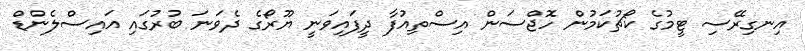
އިނގިރޭސި ޓީމުގެ ކޯޗުކަމުން ހޮޖްސަން އިސްތިއުފާ ދީފައިވަނީ ޔޫރޯގެ ދެވަނަ ބުރުގައި އައިސްލެންޑް